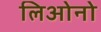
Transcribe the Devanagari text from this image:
लिओनो